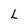
Character: L